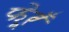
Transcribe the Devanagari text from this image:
फेरूँ